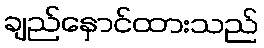
ချည်နှောင်ထားသည်